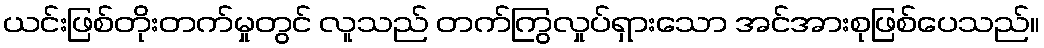
ယင်းဖြစ်တိုးတက်မှုတွင် လူသည် တက်ကြွလှုပ်ရှားသော အင်အားစုဖြစ်ပေသည်။